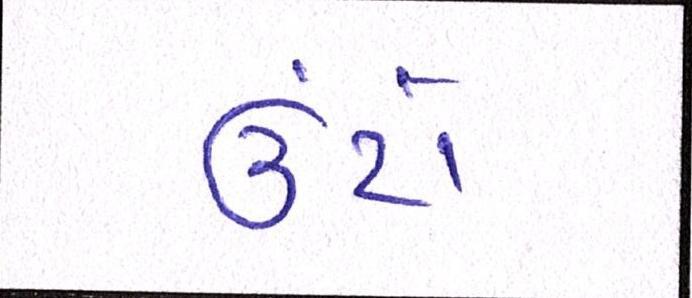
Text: ઉંટો